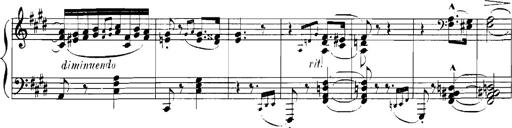
Title: Rhapsodies hongroises
Composer: Franz Liszt